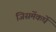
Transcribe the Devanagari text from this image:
जिसमेंकर्घे